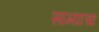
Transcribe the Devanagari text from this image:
साम्याचा